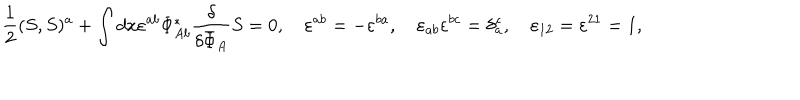
LaTeX: \frac { 1 } { 2 } ( S , S ) ^ { a } + \int d x \varepsilon ^ { a b } \Phi _ { A b } ^ { * } \frac { \delta } { \delta { \bar { \Phi } } _ { A } } S = 0 , \quad \varepsilon ^ { a b } = - \varepsilon ^ { b a } , \quad \varepsilon _ { a b } \varepsilon ^ { b c } = \delta _ { a } ^ { c } , \quad \varepsilon _ { 1 2 } = \varepsilon ^ { 2 1 } = 1 ,